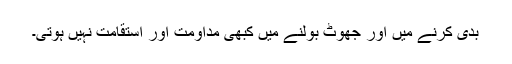
بدی کرنے میں اور جھوٹ بولنے میں کبھی مداومت اور استقامت نہیں ہوتی۔